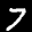
Label: 7